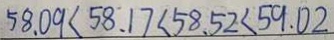
5 8 . 0 9 < 5 8 . 1 7 < 5 8 . 5 2 < 5 9 . 0 2